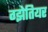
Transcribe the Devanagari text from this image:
ग्झेतियर